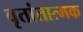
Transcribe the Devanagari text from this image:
वृतांतात्मक